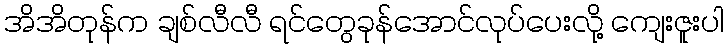
အိအိတုန်က ချစ်လီလီ ရင်တွေခုန်အောင်လုပ်ပေးလို့ ကျေးဇူးပါ